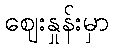
ဈေးနှုန်းမှာ